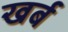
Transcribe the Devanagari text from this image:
खर्ब